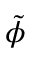
\tilde { \phi }